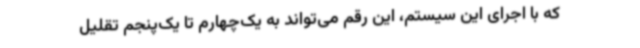
که با اجرای این سیستم، این رقم می‌تواند به یک‌چهارم تا یک‌پنجم تقلیل